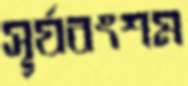
সূর্যবংশম